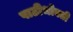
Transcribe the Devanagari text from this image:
पाठीभोवती